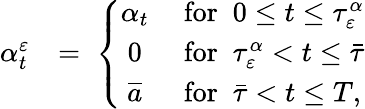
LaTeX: \begin{array}{rl}{\alpha_{t}^{\varepsilon}}&{=\; \left\{ \begin{array}{cl}{\alpha_{t}}&{\mathrm{~for~}\; 0\leq t\leq\tau_{\varepsilon}^{\alpha}}\\ {0}&{\mathrm{~for~}\; \tau_{\varepsilon}^{\alpha}<t\leq\bar{\tau}}\\ {\overline{{a}}}&{\mathrm{~for~}\; \bar{\tau}<t\leq T,}\end{array}\right.}\end{array}